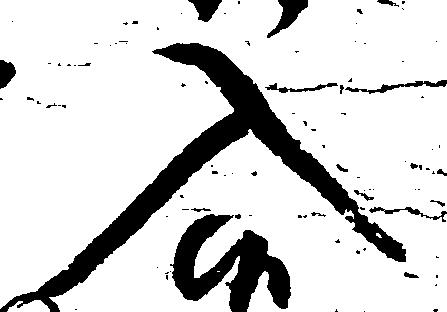
入